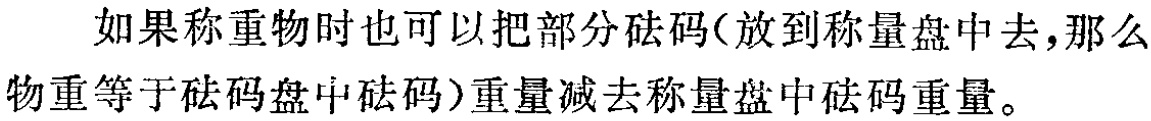
如果称重物时也可以把部分砝码（放到称量盘中去，那么物重等于砝码盘中砝码）重量减去称量盘中砝码重量。